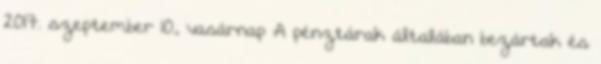
2017. szeptember 10., vasárnap A pénztárak általában bezártak és